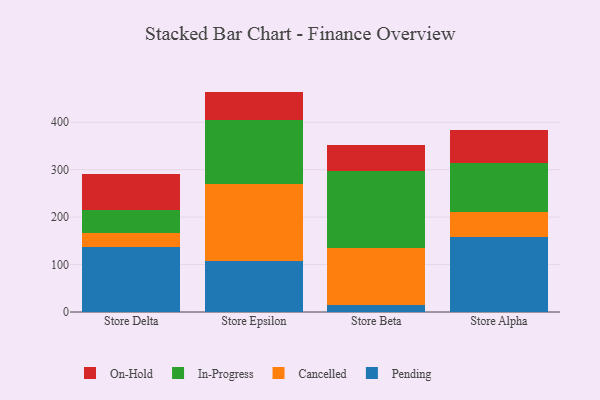
{"axis": {"x": "Store", "y": "Inventory Turnover"}, "legend": ["Cancelled", "In-Progress", "On-Hold", "Pending"], "data": [{"x": "Store Delta", "y": 136.5, "type": "Pending"}, {"x": "Store Delta", "y": 30.3, "type": "Cancelled"}, {"x": "Store Delta", "y": 47.5, "type": "In-Progress"}, {"x": "Store Delta", "y": 77.3, "type": "On-Hold"}, {"x": "Store Epsilon", "y": 108.1, "type": "Pending"}, {"x": "Store Epsilon", "y": 160.7, "type": "Cancelled"}, {"x": "Store Epsilon", "y": 136.1, "type": "In-Progress"}, {"x": "Store Epsilon", "y": 59.7, "type": "On-Hold"}, {"x": "Store Beta", "y": 15.5, "type": "Pending"}, {"x": "Store Beta", "y": 119.6, "type": "Cancelled"}, {"x": "Store Beta", "y": 162.7, "type": "In-Progress"}, {"x": "Store Beta", "y": 54.2, "type": "On-Hold"}, {"x": "Store Alpha", "y": 157.6, "type": "Pending"}, {"x": "Store Alpha", "y": 52.4, "type": "Cancelled"}, {"x": "Store Alpha", "y": 103.9, "type": "In-Progress"}, {"x": "Store Alpha", "y": 69.3, "type": "On-Hold"}]}